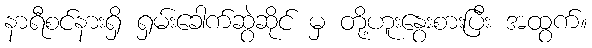
နာရီစင်နားရှိ ရှမ်းခေါက်ဆွဲဆိုင် မှ တို့ဟူးနွေးစားပြီး အထွက်။